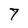
Character: 7